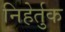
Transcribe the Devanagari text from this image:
निहेर्तुक